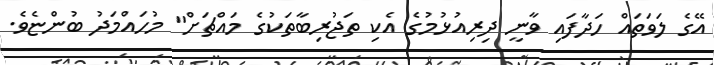
އޭގެ ލަވަތައް ހަދާފައި ވާނީ ދިރިއުޅުމުގެ އެކި ތަޖުރިބާތަކުގެ މައްޗަށް" މުހައްމަދު ބުންޏެވެ.